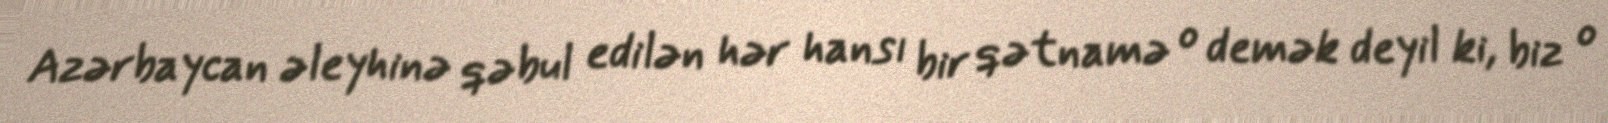
Azərbaycan əleyhinə qəbul edilən hər hansı bir qətnamə o demək deyil ki, biz o